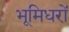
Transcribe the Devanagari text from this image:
भूमिधरों